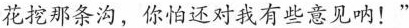
花挖那条沟，你怕还对我有些意见呐!”